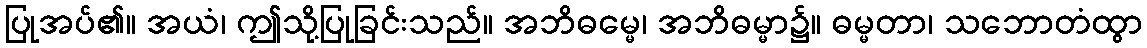
ပြုအပ်၏။ အယံ၊ ဤသို့ပြုခြင်းသည်။ အဘိဓမ္မေ၊ အဘိဓမ္မာ၌။ ဓမ္မတာ၊ သဘောတံထွာ